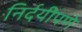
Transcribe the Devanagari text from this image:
निर्दयीपणे